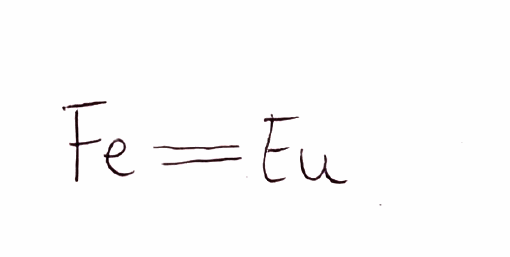
Simplified molecular-input line-entry system (SMILES) notation of the given molecule:
[Fe]=[Eu]